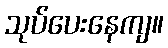
သုပ်ပေးနေကျ။